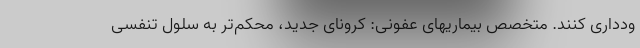
ودداری کنند. متخصص بیماریهای عفونی: کرونای جدید، محکم‌تر به سلول تنفسی